Civil Veterinary Dept. Bombay admin report 1907-1913 - 1907-1913
Year: 1907
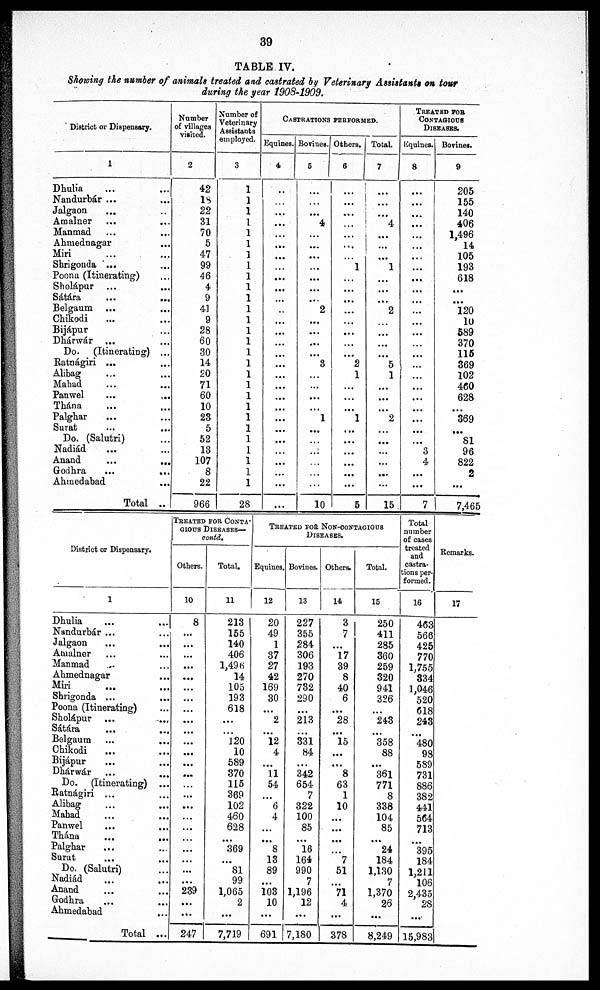
39
TABLE IV.
Showing the number of animals treated and castrated by Veterinary Assistants on tour
during the year 1908-1909.
District or Dispensary.
1
Dhulia
...
...
Nandurbár ...
...
Jalgaon ... ...
Amalner ... ...
Manmad ... ...
Ahmednagar ...
Miri ... ...
Shrigonda ... ...
Poona (Itinerating) ...
Sholápur ... ...
Sátára ... ...
Belgaum ... ...
Chikodi ... ...
Bijápur ... ...
Dhárwár ... ...
Do. (Itinerating) ...
Ratnágiri ... ...
Alibag ... ...
Mahad ... ...
Panwel ... ...
Thána ... ...
Palghar ... ...
Surat ... ...
Do. (Salutri) ...
Nadiád ... ...
Anand
...
...
Grodbra ... ...
Ahmedabad ...
Total ..
Number
of villages
visited.
2
42
18
22
31
70
5
47
99
46
4
9
41
9
28
60
30
14
20
71
60
10
23
5
52
13
107
8
22
966
Number of
Veterinary
Assistants
employed.
3
1
1
1
1
1
1
1
1
1
1
1
1
1
1
1
1
1
1
1
1
1
1
1
1
1
1
1
1
28
CASTRATIONS PERFORMED.
Equines.
4
..
...
...
...
...
...
...
...
...
...
...
..
...
...
...
...
...
...
...
...
...
...
...
...
...
...
...
...
...
Bovines.
5
...
...
4
...
...
...
...
...
...
...
2
...
...
...
...
3
...
...
...
...
1
...
...
...
...
...
...
10
Others.
6
...
...
...
...
...
...
1
...
...
...
...
...
...
...
...
2
1
...
...
...
1
...
...
...
...
...
...
5
Total.
7
...
...
...
4
...
...
...
1
...
...
...
2
...
...
...
...
5
1
...
...
...
2
...
...
...
...
...
...
15
TREATED FOR
CONTAGIOUS
DISEASES.
Equines.
8
...
...
...
...
...
...
...
...
...
...
...
...
...
...
...
...
...
...
...
...
...
...
...
...
3
4
...
...
7
Bovines.
9
205
155
140
406
1,496
14
105
193
618
...
...
120
10
589
370
115
369
102
460
628
...
369
...
81
96
822
2
...
7,465
District or Dispensary.
1
Dhulia ... ...
Nandurbár ... ...
Jalgaon ... ...
Amalner ... ...
Manmad ... ...
Abmednagar ... ...
Miri ... ...
Shrigonda ... ...
Poona (Itinerating) ...
Sholápur ... ...
Sátára
... ...
Belgaum ... ...
Chikodi
... ...
Bijápur ... ...
Dhárwár ... ...
Do. (Itinerating) ...
Ratnágiri ... ...
Alibag ... ...
Mabad ... ...
Panwel ... ...
Thána ... ...
Palghar ... ...
Surat ... ...
Do. (Salutri) ...
Nadiád ... ...
Anand ... ...
Godhra ... ...
Abmedabad ... ...
Total ...
TREATED FOR CONTA¬
GIOUS DISEASES—
contd.
Others.
10
8
...
...
...
...
...
...
...
...
...
...
...
...
...
...
...
...
...
...
...
...
...
...
...
...
239
...
...
247
Total.
11
213
155
140
406
1,496
14
105
193
618
...
...
120
10
589
370
115
369
102
460
628
...
369
...
81
99
1,065
2
...
7,719
TREATED FOR NON-CONTAGIOUS
DISEASES.
Equines.
12
20
49
1
37
27
42
169
30
...
2
...
12
4
...
11
54
...
6
4
...
...
8
13
89
...
103
10
...
691
Bovines.
13
227
355
284
306
193
270
732
290
...
213
...
331
84
...
342
654
7
322
100
85
...
16
164
990
7
1,196
12
...
7,180
Others.
14
3
7
...
17
39
8
40
6
...
28
...
15
...
...
8
63
1
10
...
...
...
...
7
51
71
4
...
378
Total.
15
250
411
285
360
259
320
941
326
...
243
...
358
88
...
361
771
8
338
104
85
...
24
184
1,130
7
1,370
26
...
8,249
Total
number
of cases
treated
and
castra-
tions per-
formed.
16
463
566
425
770
1,755
334
1,046
520
618
243
...
480
98
589
731
886
382
441
564
713
...
395
184
1,211
106
2,435
28
...
15,983
Remarks.
17